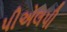
પીએલપી